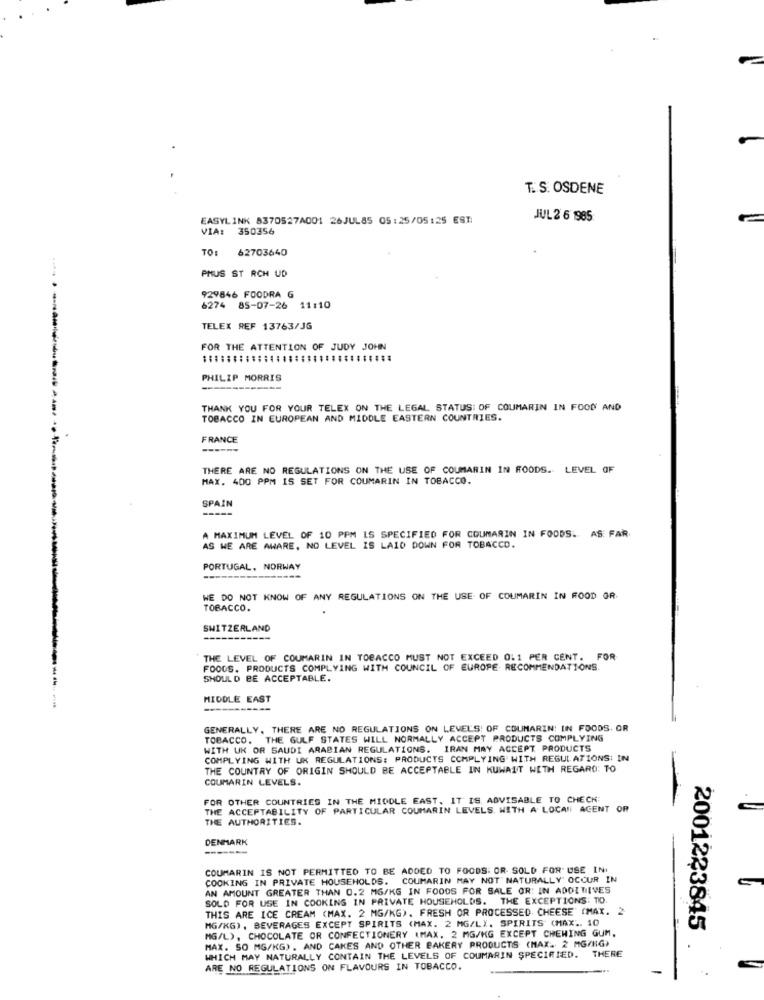
T. S. OSDENE
EASYLINK 8370527A001 26JUL85 05:25/05:25 EST:
JUL 2 6 1985
VIA: 350356
TO:
62703640
PHUS ST RCH UD
929846 FOODRA G
6274 85-07-26 11:10
TELEX REF 13763/JG
FOR THE ATTENTION OF JUDY JOHN
PHILIP MORRIS
THANK YOU FOR YOUR TELEX ON THE LEGAL STATUS: OF COUMARIN IN FOOD AND
TOBACCO IN EUROPEAN AND MIDDLE EASTERN COUNTRIES.
FRANCE
THERE ARE NO REGULATIONS ON THE USE OF COUMARIN IN FOODS. LEVEL OF
MAX. 400 PPM 15 SET FOR COUMARIN IN TOBACCO.
SPAIN
A MAXIMUM LEVEL OF 10 PPM IS SPECIFIED FOR COUMARIN IN FOODS. AS FAR.
AS WE ARE AWARE, NO LEVEL IS LAID DOWN FOR TOBACCO.
PORTUGAL, NORWAY
WE DO NOT KNOW OF ANY REGULATIONS ON THE USE OF COUMARIN IN FOOD GR.
TOBACCO.
SWITZERLAND
-----------
THE LEVEL OF COUMARIN IN TOBACCO MUST NOT EXCEED 0.1 PER CENT. F
FOODS. PRODUCTS COMPLYING WITH COUNCIL OF EUROPE RECOMMENDATIONS.
SHOULD BE ACCEPTABLE.
MIDDLE EAST
GENERALLY. THERE ARE NO REGULATIONS ON LEVELS! OF COUMARIN! IIN FOODS. OR
TOBACCO. THE GULF STATES WILL NORMALLY ACCEPT PRODUCTS COMPLYING
WITH UK OR SAUDI ARABIAN REGULATIONS. IRAN MAY ACCEPT PRODUCTS
COMPLYING WITH UK REGULATIONS: PRODUCTS COMPLYING WITH REGULATIONS: IN
THE COUNTRY OF ORIGIN SHOULD BE ACCEPTABLE IN KUWAIT WITH REGARD: TO
COUMARIN LEVELS.
FOR OTHER COUNTRIES IN THE MIDDLE EAST. IT IS. ADVISABLE TO CHECK
THE ACCEPTABILITY OF PARTICULAR COUMARIN LEVELS. WITH A LOCAL AGENT OR
-
THE AUTHORITIES.
DENMARK
-------
COUMARIN IS NOT PERMITTED TO BE ADDED TO FOODS. OR- SOLD FOR USE IN
COOKING IN PRIVATE HOUSEHOLDS. COUMARIN MAY NOT" NATURALLY OCCUR IN
AN AMOUNT GREATER THAN 0.2 MG/KG IN FOODS FOR SALE OR: IN ADDITIVES
SOLD FOR USE IN COOKING IN PRIVATE HOUSEHOLDS. THE EXCEPTIONS: TIO
THIS ARE ICE CREAM (MAX. 2 MG/KG). FRESH OR PROCESSED CHEESE" (MAX. 2
MG/KG), BEVERAGES EXCEPT SPIRITS (MAX. 2 MG/LX. SPIRITS (MAX .. 10
MG/L), CHOCOLATE OR CONFECTIONERY (MAX. 2 MG/KG EXCEPT CHEWING GUM.
2001223845
MAX. SO MG/KG) , AND CAKES AND OTHER BAKERY PRODUCTS (MAX. 2 MG/KG)
WHICH MAY NATURALLY CONTAIN THE LEVELS OF COUMARIN SPECIFIED.
THERE
ARE NO REGULATIONS ON FLAVOURS IN TOBACCO.